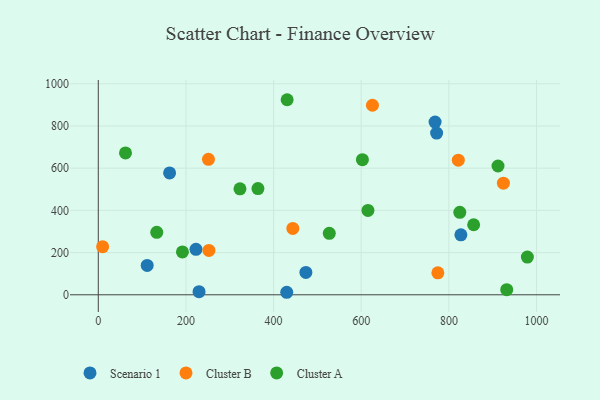
{"axis": {"x": "Distance", "y": "Exam Score"}, "legend": ["Cluster A", "Cluster B", "Scenario 1"], "data": [{"x": "430.0", "y": 11.9, "type": "Scenario 1"}, {"x": "229.9", "y": 14.7, "type": "Scenario 1"}, {"x": "222.9", "y": 215.3, "type": "Scenario 1"}, {"x": "772.0", "y": 766.5, "type": "Scenario 1"}, {"x": "768.5", "y": 818.5, "type": "Scenario 1"}, {"x": "827.4", "y": 284.2, "type": "Scenario 1"}, {"x": "473.7", "y": 106.2, "type": "Scenario 1"}, {"x": "111.6", "y": 139.3, "type": "Scenario 1"}, {"x": "162.7", "y": 577.3, "type": "Scenario 1"}, {"x": "9.9", "y": 227.9, "type": "Cluster B"}, {"x": "251.4", "y": 642.0, "type": "Cluster B"}, {"x": "924.4", "y": 529.1, "type": "Cluster B"}, {"x": "252.4", "y": 210.0, "type": "Cluster B"}, {"x": "625.6", "y": 898.1, "type": "Cluster B"}, {"x": "821.5", "y": 638.1, "type": "Cluster B"}, {"x": "443.9", "y": 314.4, "type": "Cluster B"}, {"x": "774.8", "y": 104.3, "type": "Cluster B"}, {"x": "912.1", "y": 610.3, "type": "Cluster A"}, {"x": "824.9", "y": 390.6, "type": "Cluster A"}, {"x": "62.1", "y": 672.5, "type": "Cluster A"}, {"x": "133.4", "y": 295.8, "type": "Cluster A"}, {"x": "430.9", "y": 924.4, "type": "Cluster A"}, {"x": "932.0", "y": 24.2, "type": "Cluster A"}, {"x": "527.1", "y": 291.2, "type": "Cluster A"}, {"x": "602.7", "y": 640.3, "type": "Cluster A"}, {"x": "979.1", "y": 178.9, "type": "Cluster A"}, {"x": "323.3", "y": 502.1, "type": "Cluster A"}, {"x": "856.5", "y": 332.0, "type": "Cluster A"}, {"x": "615.3", "y": 400.0, "type": "Cluster A"}, {"x": "192.0", "y": 203.1, "type": "Cluster A"}, {"x": "364.3", "y": 503.4, "type": "Cluster A"}]}